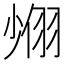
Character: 𦐶